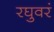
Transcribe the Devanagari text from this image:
रघुवरं